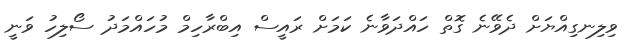
ވިލިނގިއްޔަށް ދެވޭނެ ގޮތް ހައްދަވާނެ ކަމަށް ރައީސް އިބްރާހިމް މުހައްމަދު ސޯލިހު ވަނީ